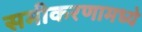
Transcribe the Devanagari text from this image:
समीकरणामध्ये